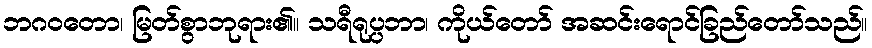
ဘဂဝတော၊ မြတ်စွာဘုရား၏။ သရီရုပ္ပဘာ၊ ကိုယ်တော် အဆင်းရောင်ခြည်တော်သည်။